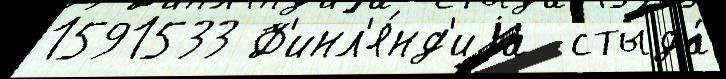
1591533 Ф'инл'я́нд'иjа  стыда́